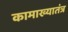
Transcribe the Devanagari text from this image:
कामाख्यातंत्र